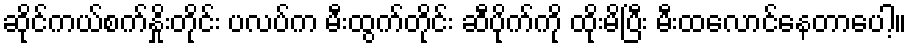
ဆိုင်ကယ်စက်နှိုးတိုင်း ပလပ်က မီးထွက်တိုင်း ဆီပိုက်ကို ထိုးမိပြီး မီးထလောင်နေတာပေါ့။